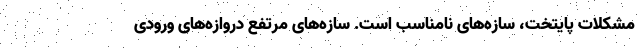
مشکلات پایتخت، سازه‌های نامناسب است. سازه‌های مرتفع دروازه‌های ورودی